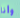
وأنا